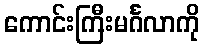
ကောင်းကြီးမင်္ဂလာကို